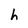
Character: h